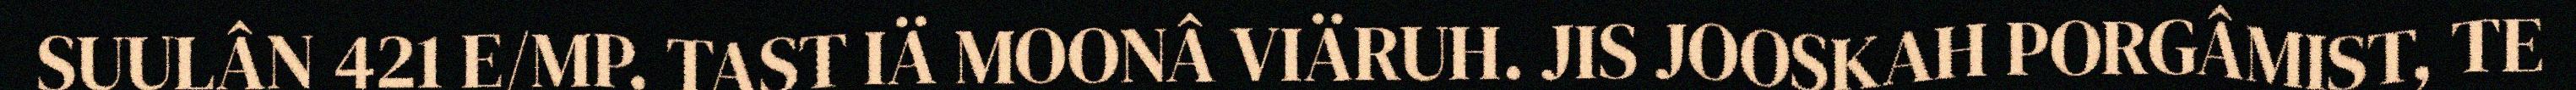
SUULÂN 421 E/MP. TAST IÄ MOONÂ VIÄRUH. JIS JOOSKAH PORGÂMIST, TE